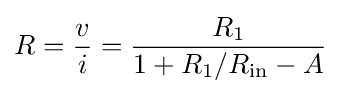
R={\frac {v}{i}}={\frac {R_{1}}{1+R_{1}/R_{\text{in}}-A}}